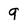
Character: q